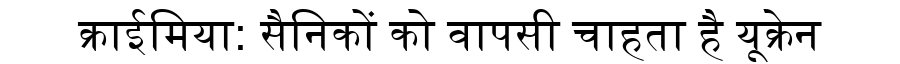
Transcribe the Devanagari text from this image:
क्राईमिया: सैनिकों को वापसी चाहता है यूक्रेन